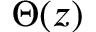
\Theta ( z )